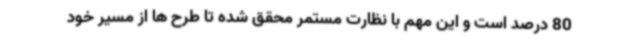
80 درصد است و این مهم با نظارت مستمر محقق شده تا طرح ها از مسیر خود